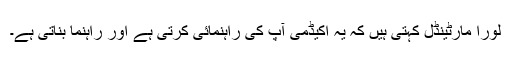
لورا مارٹینڈل کہتی ہیں کہ یہ اکیڈمی آپ کی راہنمائی کرتی ہے اور راہنما بناتی ہے۔